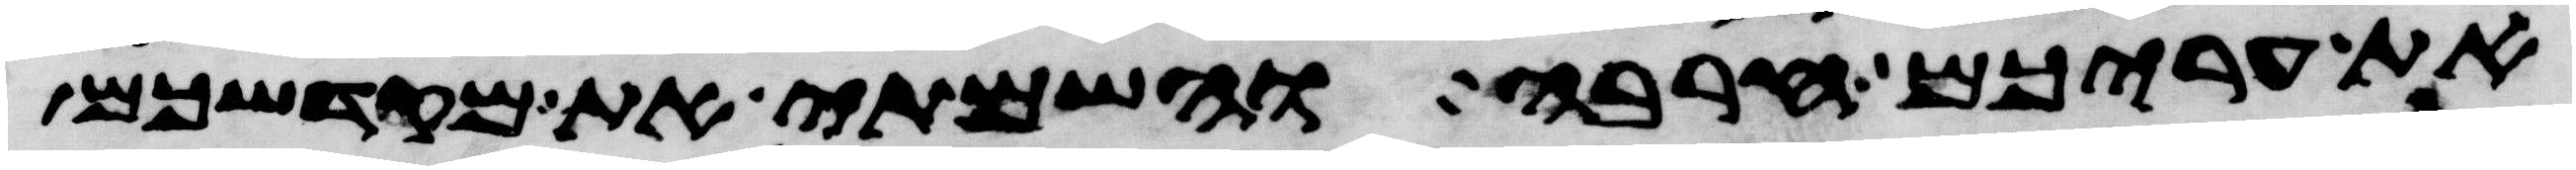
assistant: את עריכם חרבה והשמתי את מקדשכם